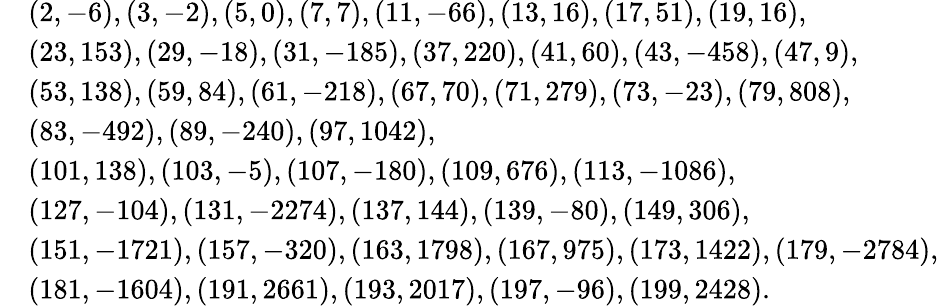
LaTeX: \begin{array}{rl}&{(2,-6),(3,-2),(5,0),(7,7),(11,-66),(13,16),(17,51),(19,16),}\\ &{(23,153),(29,-18),(31,-185),(37,220),(41,60),(43,-458),(47,9),}\\ &{(53,138),(59,84),(61,-218),(67,70),(71,279),(73,-23),(79,808),}\\ &{(83,-492),(89,-240),(97,1042),}\\ &{(101,138),(103,-5),(107,-180),(109,676),(113,-1086),}\\ &{(127,-104),(131,-2274),(137,144),(139,-80),(149,306),}\\ &{(151,-1721),(157,-320),(163,1798),(167,975),(173,1422),(179,-2784),}\\ &{(181,-1604),(191,2661),(193,2017),(197,-96),(199,2428).}\end{array}